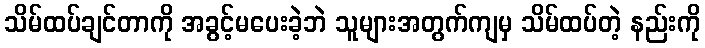
သိမ်ထပ်ချင်တာကို အခွင့်မပေးခဲ့ဘဲ သူများအတွက်ကျမှ သိမ်ထပ်တဲ့ နည်းကို